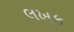
લખક